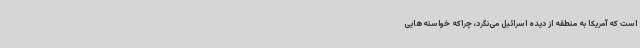
است که آمریکا به منطقه از دیده اسرائیل می‌نگرد، چراکه خواسته‌هایی